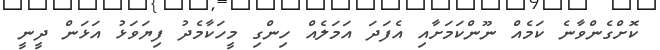
ކޮށްގެންވާނެ ކަމެއް ނޫންކަމަށާއި އެފަދަ އަމަލެއް ހިންގި މީހަކާމެދު ފިޔަވަޅު އަޅަން ދީނީ